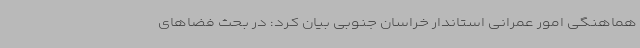
هماهنگی امور عمرانی استاندار خراسان جنوبی بیان کرد: در بحث فضاهای